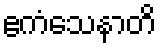
ဧကံသေနာတိ